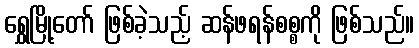
ရွှေမြို့တော် ဖြစ်ခဲ့သည့် ဆန်ဖရန်စစ္စကို ဖြစ်သည်။